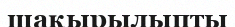
шақырылыпты